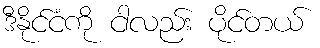
ဒီနိုင်ငံကို ငါလည်း ပိုင်တယ်